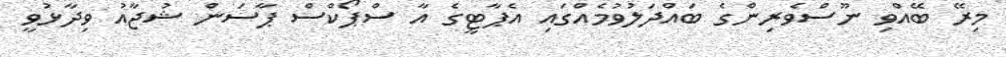
މިރޭ ބޭއްވި ނޫސްވެރިންގެ ބައްދަލުވުމެއްގައި އެޕާޓީގެ އާ ސްޕޯކްސް ޕާސަން ޝުޖާއު ވިދާޅުވީ